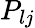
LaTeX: P_{lj}